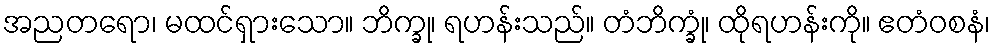
အညတရော၊ မထင်ရှားသော။ ဘိက္ခု၊ ရဟန်းသည်။ တံဘိက္ခုံ၊ ထိုရဟန်းကို။ ဧတံဝစနံ၊